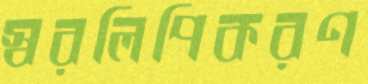
স্বরলিপিকরণ